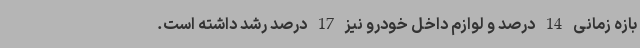
بازه زمانی 14 درصد و لوازم داخل خودرو نیز 17 درصد رشد داشته است.